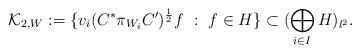
LaTeX: \begin{align*}\mathcal{K}_{2,W}:=\lbrace v_i(C^{*}\pi_{W_{i}} C^{\prime})^{\frac{1}{2}}f \ : \ f\in H\rbrace \subset (\bigoplus_{i \in I} H)_{l^{2}}.\end{align*}